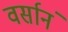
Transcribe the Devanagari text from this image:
वर्सानं